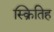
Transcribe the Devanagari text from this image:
स्क्रितिह